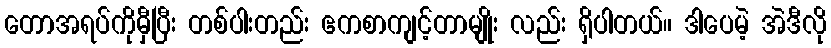
တောအရပ်ကိုမှီပြီး တစ်ပါးတည်း ဧကစာကျင့်တာမျိုး လည်း ရှိပါတယ်။ ဒါပေမဲ့ အဲဒီလို